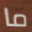
ما